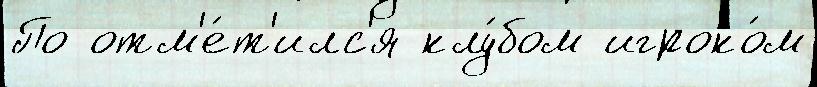
По отм'е́т'илс'я клу́бом игроко́м